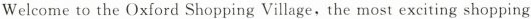
Welcome to the Oxford Shopping Village, the most exciting shopping